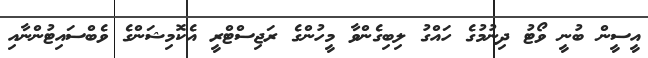
އީސީން ބުނީ ވޯޓު ދިނުމުގެ ހައްގު ލިބިގެންވާ މީހުންގެ ރަޖިސްޓްރީ އެކޮމިޝަންގެ ވެބްސައިޓުންނާއި